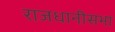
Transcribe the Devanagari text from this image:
राजधानीसभा